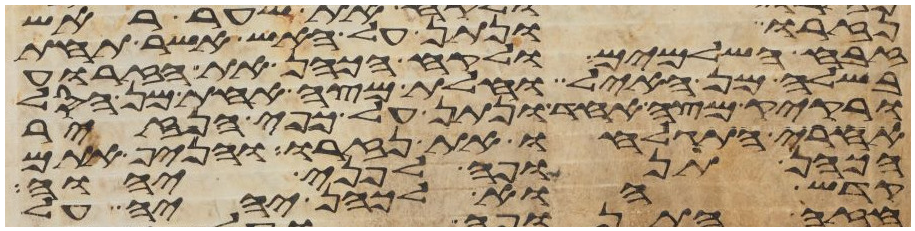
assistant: נזרו ונתן על האש אשר תחת
זבח השלמים ולקח הכהן את הזרוע
בשלה מן האיל וחלת מצה אחת מן הסל
ורקיק מצה אחד ונתן על כפי הנזיר
אחרי התגלח את נזרו והניף אתם
הכהן תנופה לפני יהוה
קדש הוא לכהן יהיה על